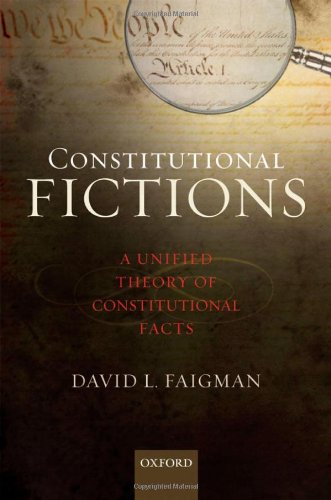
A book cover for Constitutional Fictions: A Unified Theory of Constitutional Facts; David L Faigman; Law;